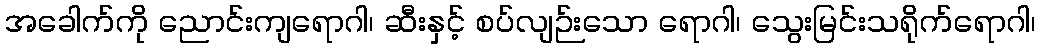
အခေါက်ကို ညောင်းကျရောဂါ၊ ဆီးနှင့် စပ်လျဉ်းသော ရောဂါ၊ သွေးမြင်းသရိုက်ရောဂါ၊